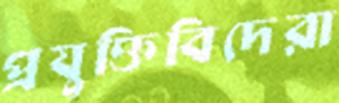
প্রযুক্তিবিদেরা